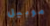
موبيل